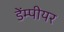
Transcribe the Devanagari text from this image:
डेंम्पीयर